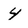
Character: 4